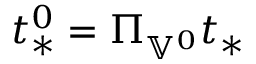
t _ { * } ^ { 0 } = \Pi _ { \mathbb { V } ^ { 0 } } t _ { * }